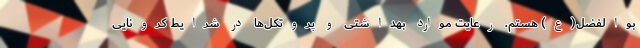
بوالفضل(ع) هستم. رعایت موارد بهداشتی و پروتکل‌ها در شرایط کرونایی